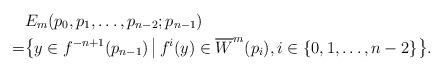
LaTeX: \begin{align*} & E_m(p_0,p_1,\dots,p_{n-2};p_{n-1}) \\= & \big\{ y\in f^{-n+1}(p_{n-1}) \,\big|\, f^i(y) \in \overline{W}^m(p_i),i\in\{0,1,\dots,n-2\} \big\}.\end{align*}